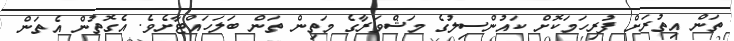
ތަން އިތުރަށް ފުރިހަމަކޮށް ކައުންސިލުގެ މަޝްވަރާގެ މަތިން ތަން ބަލަހައްޓާށެވެ. އެގޮތުން އެތަން